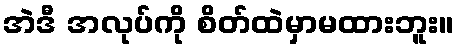
အဲဒီ အလုပ်ကို စိတ်ထဲမှာမထားဘူး။